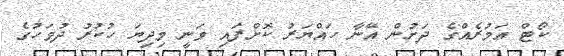
ކޯޓް އަމުރެއްގެ ދަށުން އޭނާ ހައްޔަރު ކޮށްފައި ވަނީ މިދިޔަ ހުކުރު ދުވަހުގެ